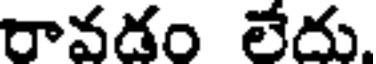
రావడం లేదు.